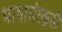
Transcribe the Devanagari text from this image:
भाषासंस्कृती